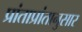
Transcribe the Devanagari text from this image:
प्रांताप्रांतानुसार